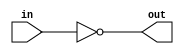
module not_9b(in, out);

	input[8:0] in;
	output[8:0] out;

	assign out = ~(in);
endmodule